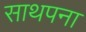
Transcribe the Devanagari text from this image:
साथपना